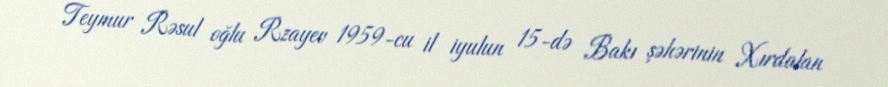
Teymur Rəsul oğlu Rzayev 1959-cu il iyulun 15-də Bakı şəhərinin Xırdalan